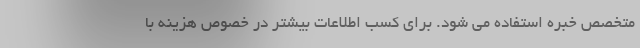
متخصص خبره استفاده می شود. برای کسب اطلاعات بیشتر در خصوص هزینه با